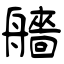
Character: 艢